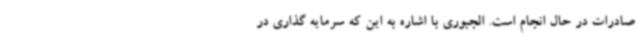
صادرات در حال انجام است. الجبوری با اشاره به این که سرمایه گذاری در